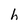
Character: h